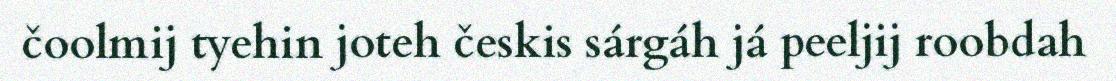
čoolmij tyehin joteh českis sárgáh já peeljij roobdah